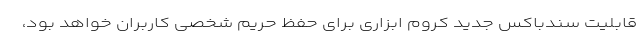
قابلیت سندباکس جدید کروم ابزاری برای حفظ حریم شخصی کاربران خواهد بود،